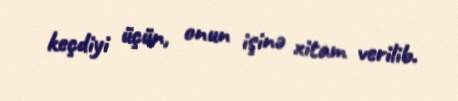
keçdiyi üçün, onun işinə xitam verilib.